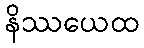
နိဿယေထ